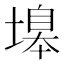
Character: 𡏻